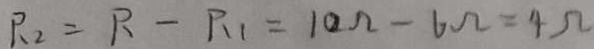
R _ { 2 } = R - R _ { 1 } = 1 0 \Omega - 6 \Omega = 4 \Omega